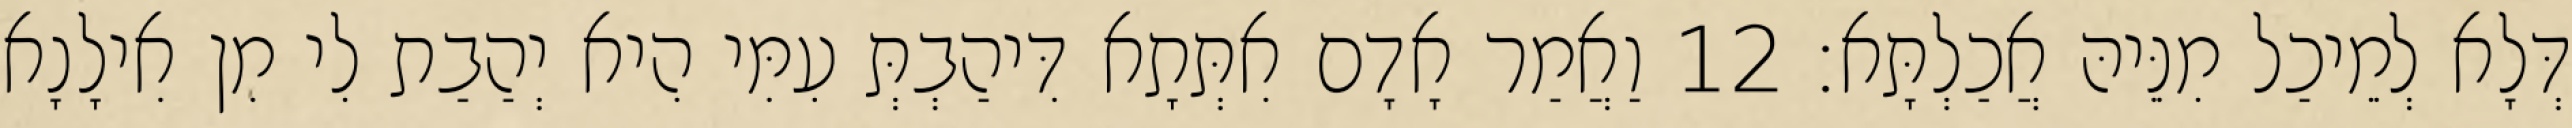
דְּלָא לְמֵיכַל מִנֵּיהּ אֲכַלְתָּא׃ 12 וַאֲמַר אָדָם אִתְּתָא דִּיהַבְתְּ עִמִּי הִיא יְהַבַת לִי מִן אִילָנָא